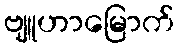
ဗျူဟာမြောက်